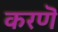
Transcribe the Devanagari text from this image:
करणॆ